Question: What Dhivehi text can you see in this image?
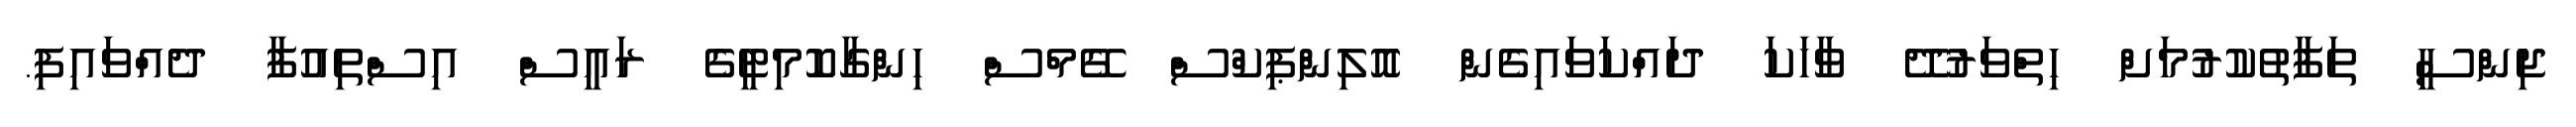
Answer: ޖިންސީ ތަފާތުކުރުމަށް ހިތްވަރުދޭ ވާހަކަ ދައްކަވައިގެން އޮލިންޕިކްސް ގޭމްސް ހިންގާކޮމިޓީގެ ރައީސް އިސްތިއުފާ ދެއްވައިފި.